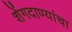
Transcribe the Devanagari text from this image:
शेंगदाण्यांचा